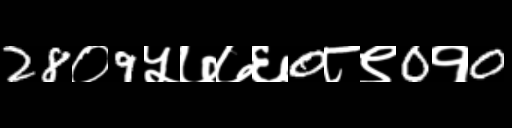
Text: 28०9५७७६0८९0१0